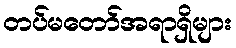
တပ်မတော်အရာရှိများ